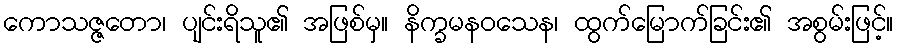
ကောသဇ္ဇတော၊ ပျင်းရိသူ၏ အဖြစ်မှ။ နိက္ခမနဝသေန၊ ထွက်မြောက်ခြင်း၏ အစွမ်းဖြင့်။